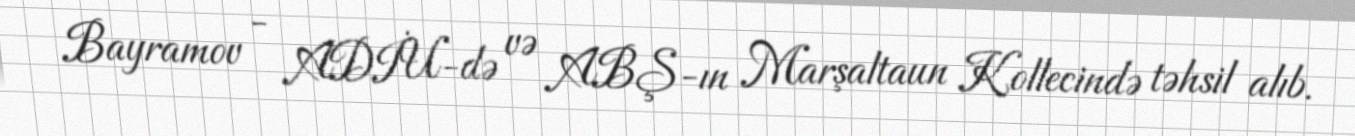
Bayramov - ADİU-də və ABŞ-ın Marşaltaun Kollecində təhsil alıb.